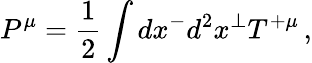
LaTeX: P^{\mu}={\frac{1}{2}}\int dx^{-}d^{2}x^{\perp}T^{+\mu}\, ,